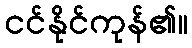
ငင်နိုင်ကုန်၏။